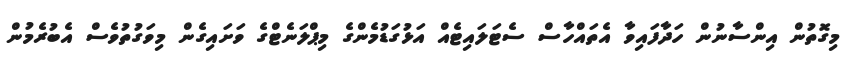
މިގޮތުން އިންސާނުން ހަދާފައިވާ އެތައްހާސް ސެޓަލައިޓެއް އަޅުގަޑުމެންގެ މިޕްލަނެޓްގެ ވަށައިގެން މިވަގުތުވެސް އެބުރެމުން